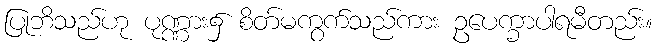
ပြုဘိသည်ဟု ပုဏ္ဏား၌ စိတ်မကွက်သည်ကား ဥပေက္ခာပါရမီတည်း။